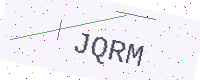
Text: JQRM